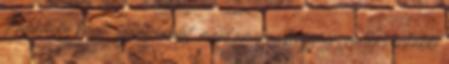
Érdeklődve követi az útvonalát, majd amikor hozzáér, vagyis inkább